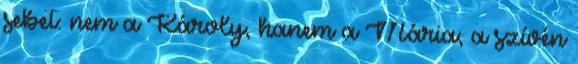
sebet: nem a Károly, hanem a Mária; a szívén